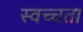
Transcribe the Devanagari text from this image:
स्वच्चता